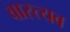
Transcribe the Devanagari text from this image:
वास्त्यव